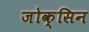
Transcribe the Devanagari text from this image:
जोक्सिन